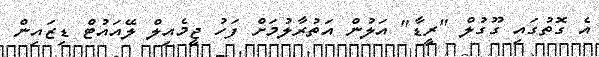
އެ ގޮތުގައި ގޫގުލް "ރީޑާ" އަލުން އަތުރާލުމަށް ފަހު ޖީމެއިލް ލޭއައުޓް ޑިޒައިން